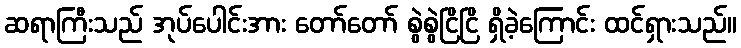
ဆရာကြီးသည် အုပ်ပေါင်းအား တော်တော် စွဲစွဲငြိငြိ ရှိခဲ့ကြောင်း ထင်ရှားသည်။